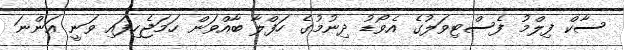
ސާކް ފިލްމު ފެސްޓިވަލުގެ އެވޯޑު ދިނުމުގެ ހަފްލާ ބާއްވަން ހަމަޖެހިފައި ވަނީ އަންނަ